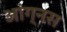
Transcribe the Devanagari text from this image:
आंग्नस